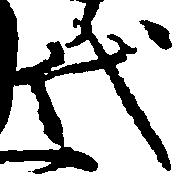
代